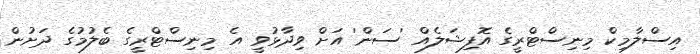
އިސްލާމިކް މިނިސްޓްރީގެ އޮފިޝަލެއް 'ސަން' އަށް ވިދާޅުވީ އެ މިނިސްޓްރީގެ ބެލުމުގެ ދަށުން